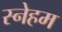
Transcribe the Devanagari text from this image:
स्नेहम